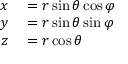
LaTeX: \begin{array} { r l } { x } & { { } = r \sin \theta \cos \varphi } \\ { y } & { { } = r \sin \theta \sin \varphi } \\ { z } & { { } = r \cos \theta } \end{array}